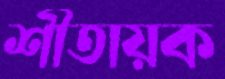
শীতায়ক